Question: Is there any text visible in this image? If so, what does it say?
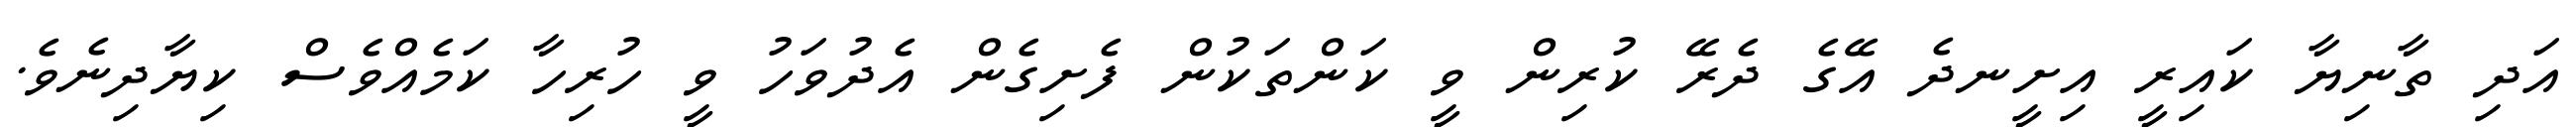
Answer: އަދި ތާނިޔާ ކައިރީ އިށީނދެ އޭގެ ދެރޭ ކުރިން ވީ ކަންތަކުން ފެށިގެން އެދުވަހު ވީ ހުރިހާ ކަމެއްވެސް ކިޔާދިނެވެ.